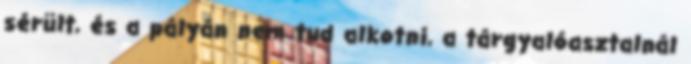
sérült, és a pályán nem tud alkotni, a tárgyalóasztalnál